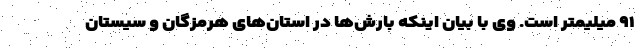
۹۱ میلیمتر است. وی با بیان اینکه بارش‌ها در استان‌های هرمزگان و سیستان